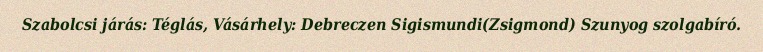
Szabolcsi járás: Téglás, Vásárhely: Debreczen Sigismundi(Zsigmond) Szunyog szolgabíró.